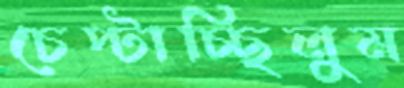
চেপ্‌টাচ্ছিলুম